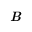
\textbf { \emph { B } }